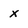
Character: x